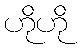
ဟိုဟို